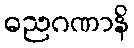
ဓညဂဏာနိ